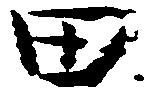
田